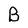
Character: B